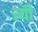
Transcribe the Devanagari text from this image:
त्यी